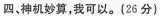
四、神机妙算，我可以。(26分)